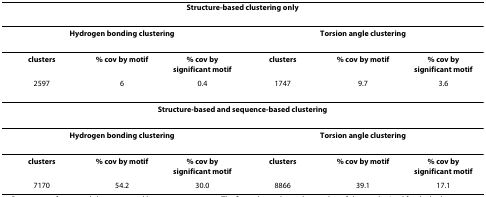
<table><thead><tr><td colspan="6"><b>Structure-based clustering only</b></td></tr></thead><tbody><tr><td colspan="3"><b>Hydrogen bonding clustering</b></td><td colspan="3"><b>Torsion angle clustering</b></td></tr><tr><td><b>clusters</b></td><td><b>% cov by motif</b></td><td><b>% cov by significant motif</b></td><td><b>clusters</b></td><td><b>% cov by motif</b></td><td><b>% cov by significant motif</b></td></tr><tr><td>2597</td><td>6</td><td>0.4</td><td>1747</td><td>9.7</td><td>3.6</td></tr><tr><td colspan="6"><b>Structure-based and sequence-based clustering</b></td></tr><tr><td colspan="3"><b>Hydrogen bonding clustering</b></td><td colspan="3"><b>Torsion angle clustering</b></td></tr><tr><td><b>clusters</b></td><td><b>% cov by motif</b></td><td><b>% cov by significant motif</b></td><td><b>clusters</b></td><td><b>% cov by motif</b></td><td><b>% cov by significant motif</b></td></tr><tr><td>7170</td><td>54.2</td><td>30.0</td><td>8866</td><td>39.1</td><td>17.1</td></tr></tbody></table>